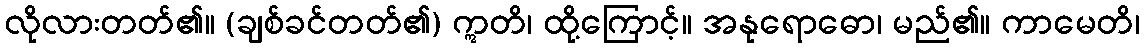
လိုလားတတ်၏။ (ချစ်ခင်တတ်၏) ဣတိ၊ ထို့ကြောင့်။ အနုရောဓော၊ မည်၏။ ကာမေတိ၊